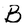
Character: B